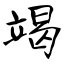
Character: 竭